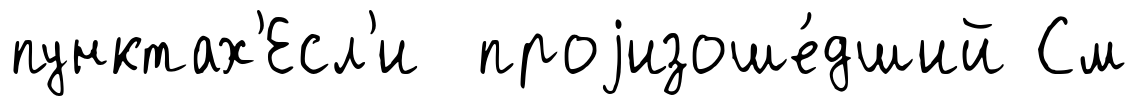
пунктах'Есл'и проjизоше́дший См